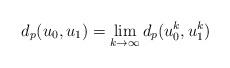
LaTeX: \begin{align*}d_p(u_0, u_1)=\lim_{k\rightarrow \infty} d_p(u_0^k, u_1^k)\end{align*}